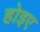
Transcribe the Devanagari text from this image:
होइए